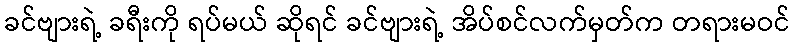
ခင်ဗျားရဲ့ ခရီးကို ရပ်မယ် ဆိုရင် ခင်ဗျားရဲ့ အိပ်စင်လက်မှတ်က တရားမဝင်